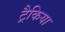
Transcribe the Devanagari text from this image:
ट्रैकिया